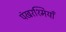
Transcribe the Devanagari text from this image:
पंखरश्मियाँ